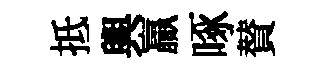
抵輿贏啄賛